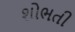
શોભતી